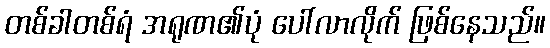
တစ်ခါတစ်ရံ အရုဏ၏ပုံ ပေါ်လာလိုက် ဖြစ်နေသည်။